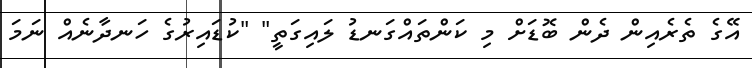
އޭގެ ތެރެއިން ދެން ބޮޑަށް މި ކަންތައްގަނޑު ލައިގަތީ" "ކުޑައިރުގެ ހަނދާނެއް ނަމަ